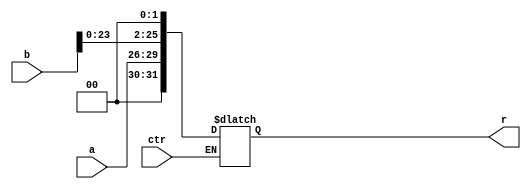
`timescale 1ns / 1ps
//////////////////////////////////////////////////////////////////////////////////
// Company: 
// Engineer: 
// 
// Design Name: 
// Module Name: II
// Project Name: 
// Target Devices: 
// Tool Versions: 
// Description: 
// 
// Dependencies: 
// 
// Revision:
// Revision 0.01 - File Created
// Additional Comments:
// 
//////////////////////////////////////////////////////////////////////////////////


module II(
    input [3:0] a,
    input [25:0] b,
    input ctr,
    output [31:0] r
    );
    reg [31:0] temp;
    always@(*)begin
        if(ctr==1)begin
        temp<={a,b<<2};
        end
    end
    assign r = temp;
endmodule